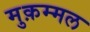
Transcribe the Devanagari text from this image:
मुक़म्मल